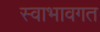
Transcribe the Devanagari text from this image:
स्वाभावगत